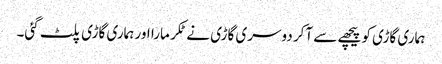
ہماری گاڑی کو پیچھے سے آکر دوسری گاڑی نے ٹکر مارا اور ہماری گاڑی پلٹ گئی۔